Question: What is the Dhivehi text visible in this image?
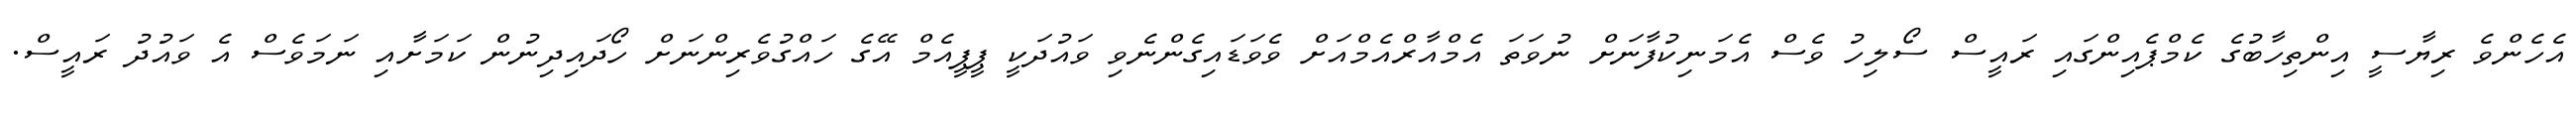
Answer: އެހެންވެ ރިޔާސީ އިންތިހާބުގެ ކެމްޕެއިންގައި ރައީސް ސޯލިހު ވެސް އެމަނިކުފާނަށް ނުވަތަ އެމްއާރްއެމްއަށް ވެވަޑައިގެންނެވި ވައުދަކީ ޕީޕީއެމް އޭގެ ހައްގުވެރިންނަށް ހޯދައިދިނުން ކަމަށާއި ނަމަވެސް އެ ވައުދު ރައީސް.